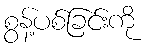
စွန့်ပစ်ခြင်းကို